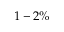
1 - 2 \%